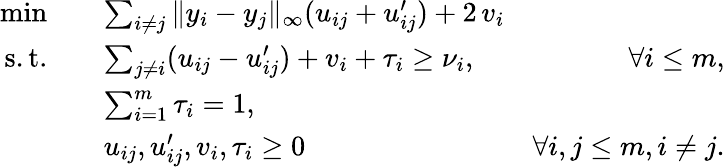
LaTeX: \begin{array}{rlr}{\operatorname*{min}\quad}&{\sum_{i\neq j}\| y_{i}-y_{j}\| _{\infty}(u_{ij}+u_{ij}^{\prime})+2\, v_{i}}\\ {\mathrm{s.t.}\quad}&{\sum_{j\neq i}(u_{ij}-u_{ij}^{\prime})+v_{i}+\tau_{i}\geq\nu_{i},}&{\forall{i\leq m},}\\ &{\sum_{i=1}^{m}\tau_{i}=1,}&\\ &{u_{ij},u_{ij}^{\prime},v_{i},\tau_{i}\geq 0}&{\forall i,j\leq m,i\not=j.}\end{array}